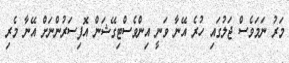
މަރު ނަމަވެސް ޖަލުގައި ހުރެ އޭނާ ވަނީ އިންވެސްޓިގޭޝަން އޮފިސަރުންނަށް އޭނާ މެރި